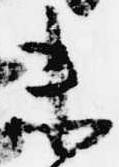
未